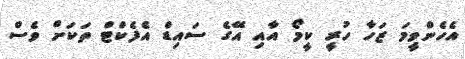
އެހެންވީމަ ޒަހާ ހުރީ ކީމޯ އާއި އޭގެ ސައިޑް އެފެކްޓް ތަކަށް ވެސް